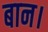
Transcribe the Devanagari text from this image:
बान।